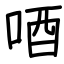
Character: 唒